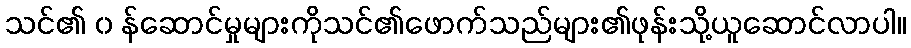
သင်၏ ၀ န်ဆောင်မှုများကိုသင်၏ဖောက်သည်များ၏ဖုန်းသို့ယူဆောင်လာပါ။